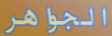
الجواهر